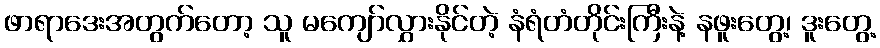
ဖာရာဒေးအတွက်တော့ သူ မကျော်လွှားနိုင်တဲ့ နံရံတံတိုင်းကြီးနဲ့ နဖူးတွေ့၊ ဒူးတွေ့